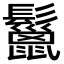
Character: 鬣